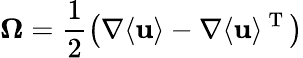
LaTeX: \boldsymbol{\Omega}=\frac{1}{2}\left(\nabla\langle{\mathbf{u}}\rangle-\nabla\langle{\mathbf{u}}\rangle^{\mathrm{~T~}}\right)